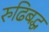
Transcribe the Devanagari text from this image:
रुढिबद्ध